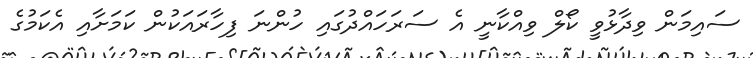
ސައިމަން ވިދާޅުވީ ކޯލް ވިއްކާނީ އެ ސަރަހައްދުގައި ހުންނަ ފިހާރައަކުން ކަމަށާއި އެކަމުގެ